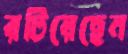
রটিয়েছেন